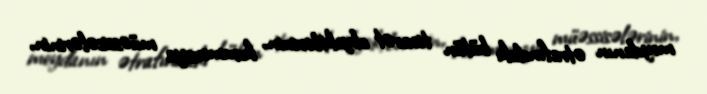
meydanın ətrafındakı bütün ticarət obyektlərinin, kommersiya müəssisələrinin,